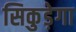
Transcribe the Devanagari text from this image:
सिकुड़ेगा